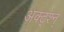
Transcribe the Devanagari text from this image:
अक्ट्श्न्